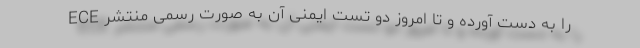
ECE را به دست آورده و تا امروز دو تست ایمنی آن به صورت رسمی منتشر